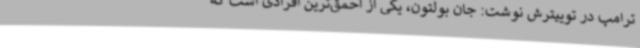
ترامپ در توییترش نوشت: جان بولتون، یکی از احمق‌ترین افرادی است که